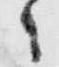
々